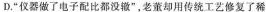
D.“仪器做了由子配比都没辙”，老董却用传统工芝修复了稀